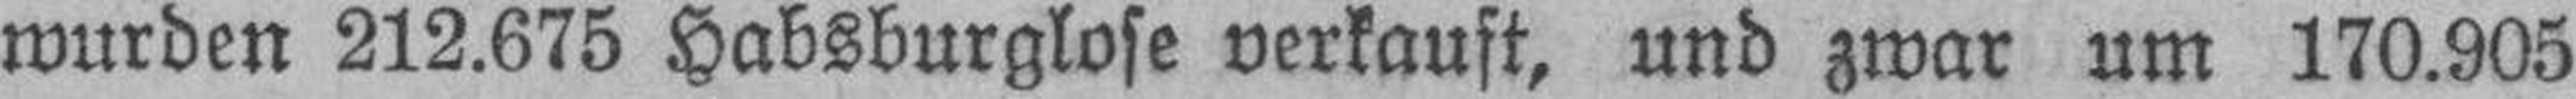
wurden 212.675 Habsburglose verkauft, und zwar um 170.905